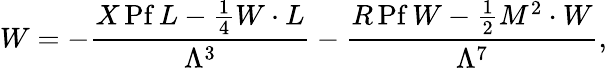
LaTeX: W=-{\frac{X{\, \mathrm{Pf\, }}L-\frac 14W\cdot L}{\Lambda^{3}}}-{\frac{R{\, \mathrm{Pf\, }}W-\frac 12M^{2}\cdot W}{\Lambda^{7}}},